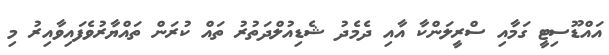
އައްޑޫސިޓީ ގަމާއި ސްރީލަންކާ އާއި ދެމެދު ޝެޑިއުލްދަތުރު ތައް ކުރަން ތައްޔާރުވެފައިވާއިރު މި